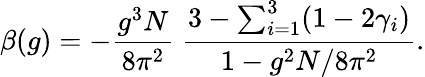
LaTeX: \beta(g)=-\frac{g^{3}N}{8\pi^{2}}~\frac{3-\sum_{i=1}^{3}(1-2\gamma_{i})}{1-g^{2}N/8\pi^{2}}.